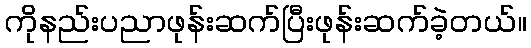
ကိုနည်းပညာဖုန်းဆက်ပြီးဖုန်းဆက်ခဲ့တယ်။